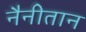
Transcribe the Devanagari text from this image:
नैनीतान